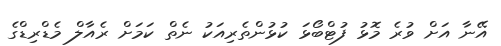
އޭނާ އަށް ވުރެ މޮޅު ފުޓްބޯޅަ ކުޅުންތެރިއަކު ނެތް ކަމަށް ރެއާލް މެޑްރިޑްގެ